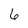
Character: 6